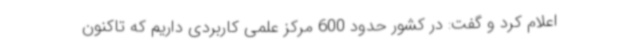
اعلام کرد و گفت: در کشور حدود 600 مرکز علمی کاربردی داریم که تاکنون